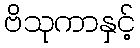
ဗိသုကာနှင့်